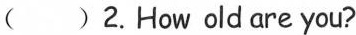
( )2.How oldare you?